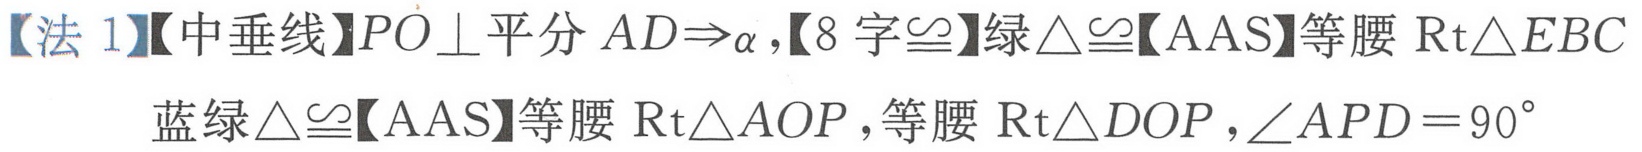
【法 1】【中垂线】\(PO\perp\)平分 \(AD\Rightarrow\alpha\)，【8 字\(\cong\)】绿\(\triangle\cong\)【AAS】等腰 \(\text{Rt}\triangle EBC\)
蓝绿\(\triangle\cong\)【AAS】等腰 \(\text{Rt}\triangle AOP\)，等腰 \(\text{Rt}\triangle DOP\)，\(\angle APD = 90^{\circ}\)